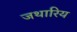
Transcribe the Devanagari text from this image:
जथारिय